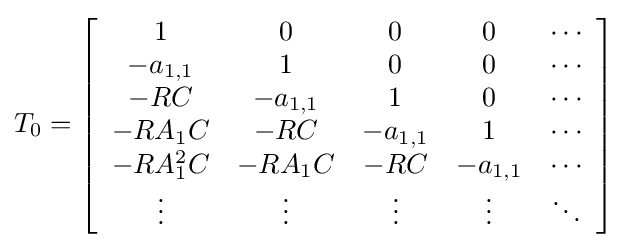
T_{0}=\left[{\begin{array}{c c c c c}1&0&0&0&\cdots \\-a_{1,1}&1&0&0&\cdots \\-RC&-a_{1,1}&1&0&\cdots \\-RA_{1}C&-RC&-a_{1,1}&1&\cdots \\-RA_{1}^{2}C&-RA_{1}C&-RC&-a_{1,1}&\cdots \\\vdots &\vdots &\vdots &\vdots &\ddots \end{array}}\right]